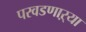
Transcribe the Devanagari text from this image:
परवडणाऱ्या